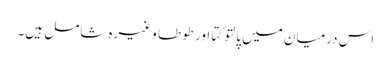
اس درمیان میں پالتو کتا اور طوطا وغیرہ شامل ہیں۔